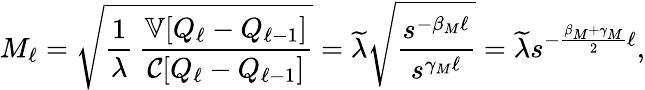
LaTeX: M_{\ell}=\sqrt{\frac{1}{\lambda}\, \frac{{\mathbb{V}}[Q_{\ell}-Q_{\ell-1}]}{{\mathcal{C}}[Q_{\ell}-Q_{\ell-1}]}}=\widetilde{\lambda}\sqrt{\frac{s^{-\beta_{M}\ell}}{s^{\gamma_{M}\ell}}}=\widetilde{\lambda}s^{-\frac{\beta_{M}+\gamma_{M}}{2}\ell},